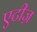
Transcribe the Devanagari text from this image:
एटीज़